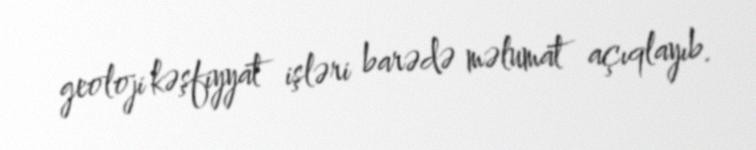
geoloji kəşfiyyat işləri barədə məlumat açıqlayıb.